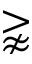
\gnapprox